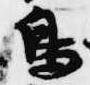
鳥